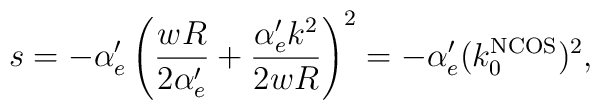
s=-\alpha'_e\left(\frac{wR}{2\alpha'_e} + \frac{\alpha'_e k^2}{2wR}\right)^2=-\alpha'_e(k_0^{\mathrm{NCOS}})^2,